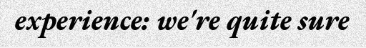
experience: we're quite sure